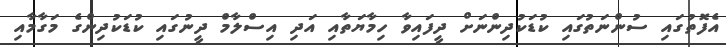
އެފޮތުގައި ސުންނަތުގައި ކުޑަކުދިންނަށް ދީފައިވާ ހިމާޔަތާއި އަދި އިސްލާމް ދީނުގައި ކުޑަކުދިންގެ މަގާމާއި